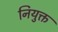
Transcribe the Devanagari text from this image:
नियुक्त